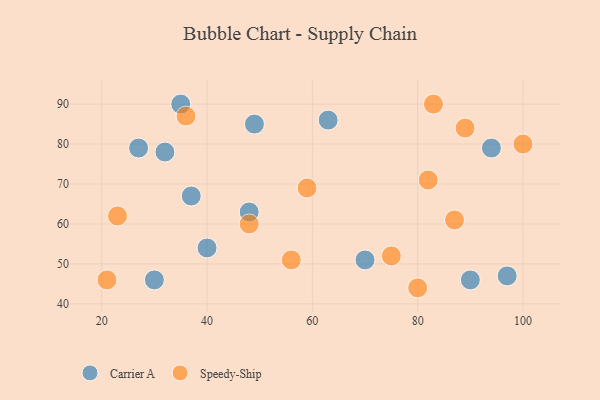
{"axis": {"x": "GDP", "y": "Life Expectancy"}, "legend": ["Carrier A", "Speedy-Ship"], "data": [{"x": "32", "y": 78, "type": "Carrier A"}, {"x": "40", "y": 54, "type": "Carrier A"}, {"x": "37", "y": 67, "type": "Carrier A"}, {"x": "94", "y": 79, "type": "Carrier A"}, {"x": "49", "y": 85, "type": "Carrier A"}, {"x": "90", "y": 46, "type": "Carrier A"}, {"x": "63", "y": 86, "type": "Carrier A"}, {"x": "30", "y": 46, "type": "Carrier A"}, {"x": "35", "y": 90, "type": "Carrier A"}, {"x": "70", "y": 51, "type": "Carrier A"}, {"x": "97", "y": 47, "type": "Carrier A"}, {"x": "48", "y": 63, "type": "Carrier A"}, {"x": "27", "y": 79, "type": "Carrier A"}, {"x": "36", "y": 87, "type": "Speedy-Ship"}, {"x": "23", "y": 62, "type": "Speedy-Ship"}, {"x": "56", "y": 51, "type": "Speedy-Ship"}, {"x": "82", "y": 71, "type": "Speedy-Ship"}, {"x": "80", "y": 44, "type": "Speedy-Ship"}, {"x": "48", "y": 60, "type": "Speedy-Ship"}, {"x": "87", "y": 61, "type": "Speedy-Ship"}, {"x": "59", "y": 69, "type": "Speedy-Ship"}, {"x": "100", "y": 80, "type": "Speedy-Ship"}, {"x": "75", "y": 52, "type": "Speedy-Ship"}, {"x": "83", "y": 90, "type": "Speedy-Ship"}, {"x": "89", "y": 84, "type": "Speedy-Ship"}, {"x": "21", "y": 46, "type": "Speedy-Ship"}]}